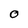
Character: O